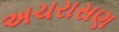
અચરાસણ